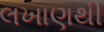
લખાણથી